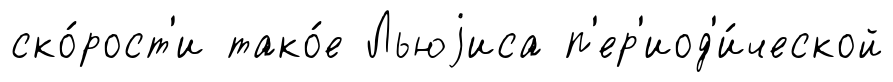
ско́рост'и тако́е Льюjиса п'ер'иод'и́ческой